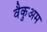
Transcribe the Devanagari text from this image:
वैकुअम